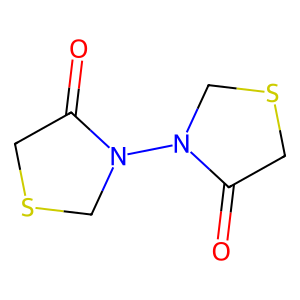
SMILES: O=C1CSCN1N1CSCC1=O
Inhibits HIV replication: No